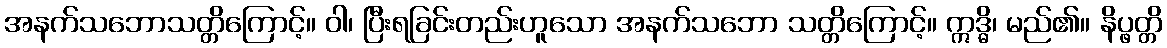
အနက်သဘောသတ္တိကြောင့်။ ဝါ၊ ပြီးရခြင်းတည်းဟူသော အနက်သဘော သတ္တိကြောင့်။ ဣဒ္ဓိ၊ မည်၏။ နိပ္ဖတ္တိ